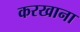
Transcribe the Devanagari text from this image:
करखाना